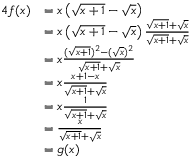
{ \begin{array} { r l } { { 4 } f ( x ) } & { = x \left( { \sqrt { x + 1 } } - { \sqrt { x } } \right) } \\ & { = x \left( { \sqrt { x + 1 } } - { \sqrt { x } } \right) { \frac { { \sqrt { x + 1 } } + { \sqrt { x } } } { { \sqrt { x + 1 } } + { \sqrt { x } } } } } \\ & { = x { \frac { ( { \sqrt { x + 1 } } ) ^ { 2 } - ( { \sqrt { x } } ) ^ { 2 } } { { \sqrt { x + 1 } } + { \sqrt { x } } } } } \\ & { = x { \frac { x + 1 - x } { { \sqrt { x + 1 } } + { \sqrt { x } } } } } \\ & { = x { \frac { 1 } { { \sqrt { x + 1 } } + { \sqrt { x } } } } } \\ & { = { \frac { x } { { \sqrt { x + 1 } } + { \sqrt { x } } } } } \\ & { = g ( x ) } \end{array} }